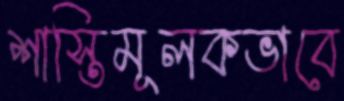
শাস্তিমূলকভাবে